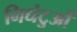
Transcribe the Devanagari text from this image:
निधंटुओं